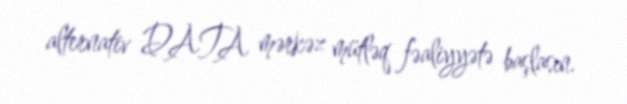
alternativ DATA mərkəz mütləq fəaliyyətə başlasın.